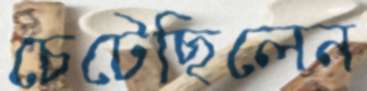
চেটেছিলেন